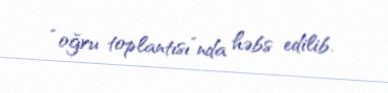
“oğru toplantısı”nda həbs edilib.